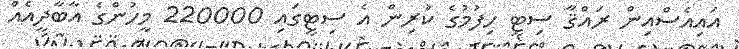
އައިއެސްއިން ރައްޤާ ސިޓީ ހިފުމުގެ ކުރިން އެ ސިޓީގައި 220000 މީހުންގެ އާބާދީއެއް